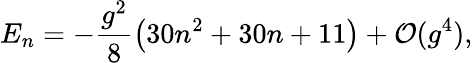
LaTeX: E_{n}=-\frac{g^{2}}{8}\left(30n^{2}+30n+11\right)+\mathcal{O}(g^{4}),